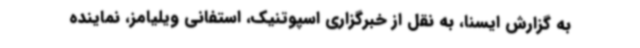
به گزارش ایسنا، به نقل از خبرگزاری اسپوتنیک، استفانی ویلیامز، نماینده